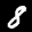
Label: 8